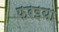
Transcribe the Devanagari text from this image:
फरइया